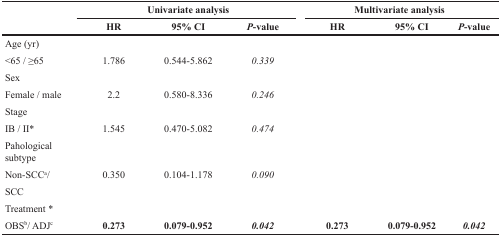
<table><thead><tr><td></td><td colspan="3"><b>Univariate analysis</b></td><td colspan="3"><b>Multivariate analysis</b></td></tr><tr><td></td><td><b>HR</b></td><td><b>95% CI</b></td><td><b><i>P</i>-value</b></td><td><b>HR</b></td><td><b>95% CI</b></td><td><b><i>P</i>-value</b></td></tr></thead><tbody><tr><td>Age (yr)</td><td></td><td></td><td></td><td></td><td></td><td></td></tr><tr><td>&lt;65 / ≥65</td><td>1.786</td><td>0.544-5.862</td><td><i>0.339</i></td><td></td><td></td><td></td></tr><tr><td>Sex</td><td></td><td></td><td></td><td></td><td></td><td></td></tr><tr><td>Female / male</td><td>2.2</td><td>0.580-8.336</td><td><i>0.246</i></td><td></td><td></td><td></td></tr><tr><td>Stage</td><td></td><td></td><td></td><td></td><td></td><td></td></tr><tr><td>IB / II*</td><td>1.545</td><td>0.470-5.082</td><td><i>0.474</i></td><td></td><td></td><td></td></tr><tr><td>Pahological subtype</td><td></td><td></td><td></td><td></td><td></td><td></td></tr><tr><td>Non-SCC<sup>a</sup>/SCC</td><td>0.350</td><td>0.104-1.178</td><td><i>0.090</i></td><td></td><td></td><td></td></tr><tr><td>Treatment*</td><td></td><td></td><td></td><td></td><td></td><td></td></tr><tr><td>OBS<sup>b</sup>/ADJ<sup>c</sup></td><td><b>0.273</b></td><td><b>0.079-0.952</b></td><td><b><i>0.042</i></b></td><td><b>0.273</b></td><td><b>0.079-0.952</b></td><td><b><i>0.042</i></b></td></tr></tbody></table>